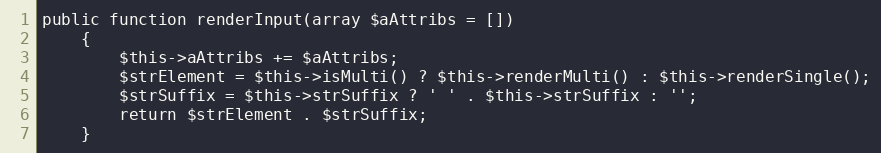
Language: PHP
public function renderInput(array $aAttribs = [])
    {
        $this->aAttribs += $aAttribs;
        $strElement = $this->isMulti() ? $this->renderMulti() : $this->renderSingle();
        $strSuffix = $this->strSuffix ? ' ' . $this->strSuffix : '';
        return $strElement . $strSuffix;
    }